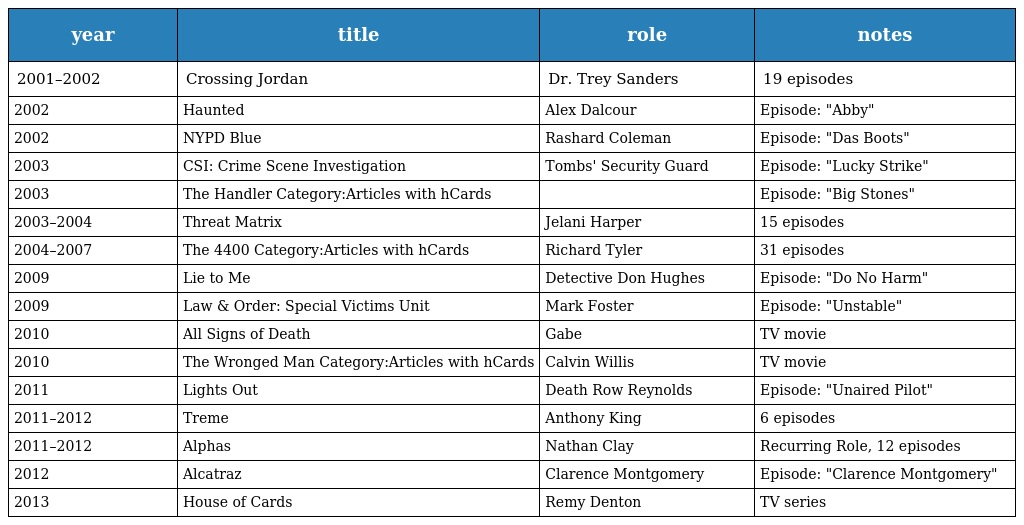
| year | title | role | notes |
 | --- | --- | --- | --- |
 | 2001–2002 | Crossing Jordan | Dr. Trey Sanders | 19 episodes |
 | 2002 | Haunted | Alex Dalcour | Episode: "Abby" |
 | 2002 | NYPD Blue | Rashard Coleman | Episode: "Das Boots" |
 | 2003 | CSI: Crime Scene Investigation | Tombs' Security Guard | Episode: "Lucky Strike" |
 | 2003 | The Handler Category:Articles with hCards |  | Episode: "Big Stones" |
 | 2003–2004 | Threat Matrix | Jelani Harper | 15 episodes |
 | 2004–2007 | The 4400 Category:Articles with hCards | Richard Tyler | 31 episodes |
 | 2009 | Lie to Me | Detective Don Hughes | Episode: "Do No Harm" |
 | 2009 | Law & Order: Special Victims Unit | Mark Foster | Episode: "Unstable" |
 | 2010 | All Signs of Death | Gabe | TV movie |
 | 2010 | The Wronged Man Category:Articles with hCards | Calvin Willis | TV movie |
 | 2011 | Lights Out | Death Row Reynolds | Episode: "Unaired Pilot" |
 | 2011–2012 | Treme | Anthony King | 6 episodes |
 | 2011–2012 | Alphas | Nathan Clay | Recurring Role, 12 episodes |
 | 2012 | Alcatraz | Clarence Montgomery | Episode: "Clarence Montgomery" |
 | 2013 | House of Cards | Remy Denton | TV series |